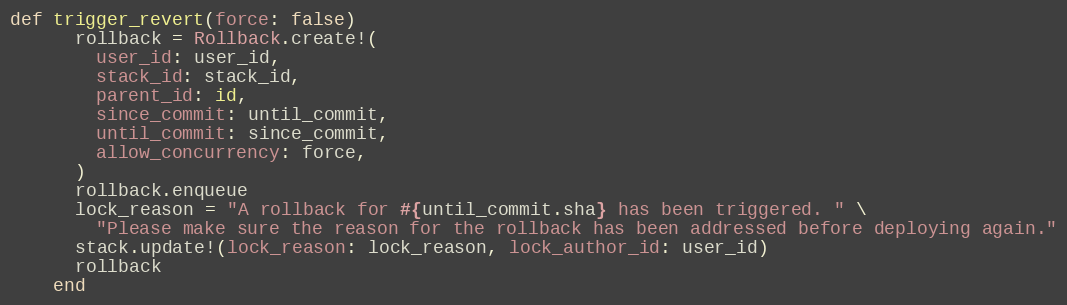
Language: Ruby
def trigger_revert(force: false)
      rollback = Rollback.create!(
        user_id: user_id,
        stack_id: stack_id,
        parent_id: id,
        since_commit: until_commit,
        until_commit: since_commit,
        allow_concurrency: force,
      )
      rollback.enqueue
      lock_reason = "A rollback for #{until_commit.sha} has been triggered. " \
        "Please make sure the reason for the rollback has been addressed before deploying again."
      stack.update!(lock_reason: lock_reason, lock_author_id: user_id)
      rollback
    end